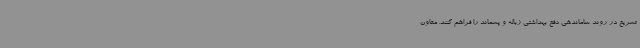
تسریع در روند ساماندهی دفع بهداشتی زباله و پسماند را فراهم کنند. معاون